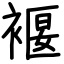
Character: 褗